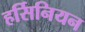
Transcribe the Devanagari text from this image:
हर्सिनियन